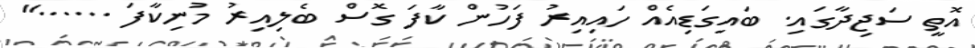
އޮތީ ސަޖިދާގައި. ބައިގަޑިއެއް ހައިއިރު ފަހުން ކާފަ ގޮސް ބެލިއިރު މުނިކާފަ ......"